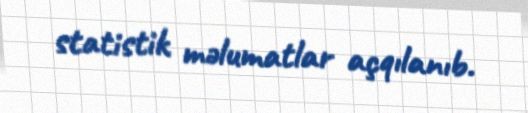
statistik məlumatlar açqılanıb.